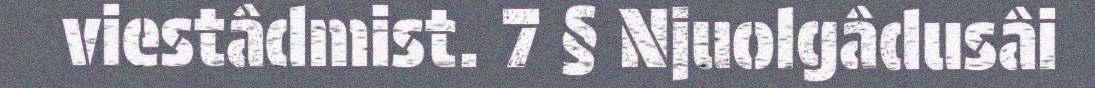
viestâdmist. 7 § Njuolgâdusâi